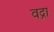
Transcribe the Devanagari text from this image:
वद्रा